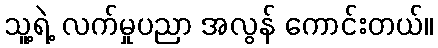
သူ့ရဲ့ လက်မှုပညာ အလွန် ကောင်းတယ်။